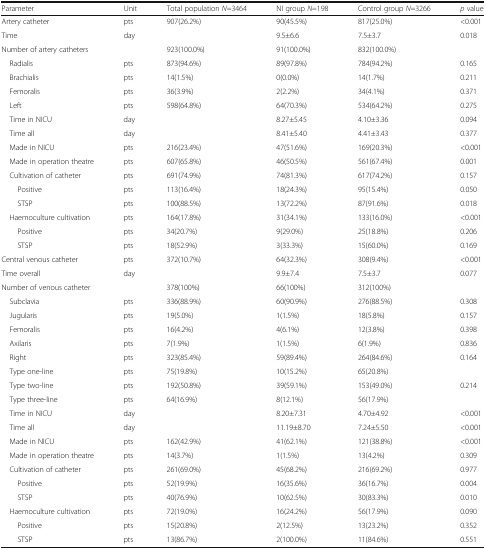
<table><thead><tr><td><b>Parameter</b></td><td><b>Unit</b></td><td><b>Total population <i>N</i>=3464</b></td><td><b>NI group <i>N</i>=198</b></td><td><b>Control group <i>N</i>=3266</b></td><td><b><i>p</i> value</b></td></tr></thead><tbody><tr><td>Artery catheter</td><td>pts</td><td>907(26.2%)</td><td>90(45.5%)</td><td>817(25.0%)</td><td>&lt;0.001</td></tr><tr><td>Time</td><td>day</td><td></td><td>9.5±6.6</td><td>7.5±3.7</td><td>0.018</td></tr><tr><td>Number of artery catheters</td><td></td><td>923(100.0%)</td><td>91(100.0%)</td><td>832(100.0%)</td><td></td></tr><tr><td> Radialis</td><td>pts</td><td>873(94.6%)</td><td>89(97.8%)</td><td>784(94.2%)</td><td>0.165</td></tr><tr><td> Brachialis</td><td>pts</td><td>14(1.5%)</td><td>0(0.0%)</td><td>14(1.7%)</td><td>0.211</td></tr><tr><td> Femoralis</td><td>pts</td><td>36(3.9%)</td><td>2(2.2%)</td><td>34(4.1%)</td><td>0.371</td></tr><tr><td> Left</td><td>pts</td><td>598(64.8%)</td><td>64(70.3%)</td><td>534(64.2%)</td><td>0.275</td></tr><tr><td> Time in NICU</td><td>day</td><td></td><td>8.27±5.45</td><td>4.10±3.36</td><td>0.094</td></tr><tr><td> Time all</td><td>day</td><td></td><td>8.41±5.40</td><td>4.41±3.43</td><td>0.377</td></tr><tr><td> Made in NICU</td><td>pts</td><td>216(23.4%)</td><td>47(51.6%)</td><td>169(20.3%)</td><td>&lt;0.001</td></tr><tr><td> Made in operation theatre</td><td>pts</td><td>607(65.8%)</td><td>46(50.5%)</td><td>561(67.4%)</td><td>0.001</td></tr><tr><td> Cultivation of catheter</td><td>pts</td><td>691(74.9%)</td><td>74(81.3%)</td><td>617(74.2%)</td><td>0.157</td></tr><tr><td>Positive</td><td>pts</td><td>113(16.4%)</td><td>18(24.3%)</td><td>95(15.4%)</td><td>0.050</td></tr><tr><td>STSP</td><td>pts</td><td>100(88.5%)</td><td>13(72.2%)</td><td>87(91.6%)</td><td>0.018</td></tr><tr><td> Haemoculture cultivation</td><td>pts</td><td>164(17.8%)</td><td>31(34.1%)</td><td>133(16.0%)</td><td>&lt;0.001</td></tr><tr><td>Positive</td><td>pts</td><td>34(20.7%)</td><td>9(29.0%)</td><td>25(18.8%)</td><td>0.206</td></tr><tr><td>STSP</td><td>pts</td><td>18(52.9%)</td><td>3(33.3%)</td><td>15(60.0%)</td><td>0.169</td></tr><tr><td>Central venous catheter</td><td>pts</td><td>372(10.7%)</td><td>64(32.3%)</td><td>308(9.4%)</td><td>&lt;0.001</td></tr><tr><td>Time overall</td><td>day</td><td></td><td>9.9±7.4</td><td>7.5±3.7</td><td>0.077</td></tr><tr><td>Number of venous catheter</td><td></td><td>378(100%)</td><td>66(100%)</td><td>312(100%)</td><td></td></tr><tr><td> Subclavia</td><td>pts</td><td>336(88.9%)</td><td>60(90.9%)</td><td>276(88.5%)</td><td>0.308</td></tr><tr><td> Jugularis</td><td>pts</td><td>19(5.0%)</td><td>1(1.5%)</td><td>18(5.8%)</td><td>0.157</td></tr><tr><td> Femoralis</td><td>pts</td><td>16(4.2%)</td><td>4(6.1%)</td><td>12(3.8%)</td><td>0.398</td></tr><tr><td> Axilaris</td><td>pts</td><td>7(1.9%)</td><td>1(1.5%)</td><td>6(1.9%)</td><td>0.836</td></tr><tr><td> Right</td><td>pts</td><td>323(85.4%)</td><td>59(89.4%)</td><td>264(84.6%)</td><td>0.164</td></tr><tr><td> Type one-line</td><td>pts</td><td>75(19.8%)</td><td>10(15.2%)</td><td>65(20.8%)</td><td></td></tr><tr><td> Type two-line</td><td>pts</td><td>192(50.8%)</td><td>39(59.1%)</td><td>153(49.0%)</td><td>0.214</td></tr><tr><td> Type three-line</td><td>pts</td><td>64(16.9%)</td><td>8(12.1%)</td><td>56(17.9%)</td><td></td></tr><tr><td> Time in NICU</td><td>day</td><td></td><td>8.20±7.31</td><td>4.70±4.92</td><td>&lt;0.001</td></tr><tr><td> Time all</td><td>day</td><td></td><td>11.19±8.70</td><td>7.24±5.50</td><td>&lt;0.001</td></tr><tr><td> Made in NICU</td><td>pts</td><td>162(42.9%)</td><td>41(62.1%)</td><td>121(38.8%)</td><td>&lt;0.001</td></tr><tr><td> Made in operation theatre</td><td>pts</td><td>14(3.7%)</td><td>1(1.5%)</td><td>13(4.2%)</td><td>0.309</td></tr><tr><td> Cultivation of catheter</td><td>pts</td><td>261(69.0%)</td><td>45(68.2%)</td><td>216(69.2%)</td><td>0.977</td></tr><tr><td>Positive</td><td>pts</td><td>52(19.9%)</td><td>16(35.6%)</td><td>36(16.7%)</td><td>0.004</td></tr><tr><td>STSP</td><td>pts</td><td>40(76.9%)</td><td>10(62.5%)</td><td>30(83.3%)</td><td>0.010</td></tr><tr><td> Haemoculture cultivation</td><td>pts</td><td>72(19.0%)</td><td>16(24.2%)</td><td>56(17.9%)</td><td>0.090</td></tr><tr><td>Positive</td><td>pts</td><td>15(20.8%)</td><td>2(12.5%)</td><td>13(23.2%)</td><td>0.352</td></tr><tr><td>STSP</td><td>pts</td><td>13(86.7%)</td><td>2(100.0%)</td><td>11(84.6%)</td><td>0.551</td></tr></tbody></table>